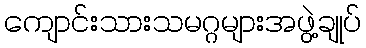
ကျောင်းသားသမဂ္ဂများအဖွဲ့ချုပ်